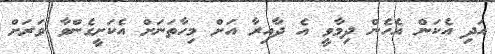
އަދި އެކަން އެހެން ދިމާވީ އެ ދާއިރާ އަށް މިހާތަނަށް އެކަށީގެންވާ ވަރަށް